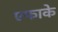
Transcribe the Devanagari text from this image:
एफाके